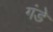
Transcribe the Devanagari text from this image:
गंडे